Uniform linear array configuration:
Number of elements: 24
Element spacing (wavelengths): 0.5
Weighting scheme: cosine
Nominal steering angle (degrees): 0
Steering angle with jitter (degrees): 0.4136
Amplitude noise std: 0.05
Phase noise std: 0.05

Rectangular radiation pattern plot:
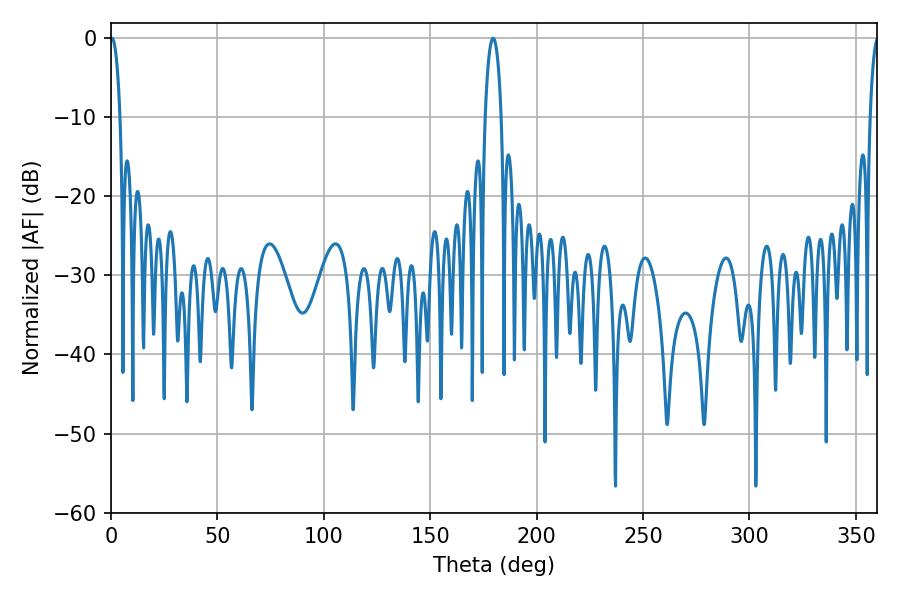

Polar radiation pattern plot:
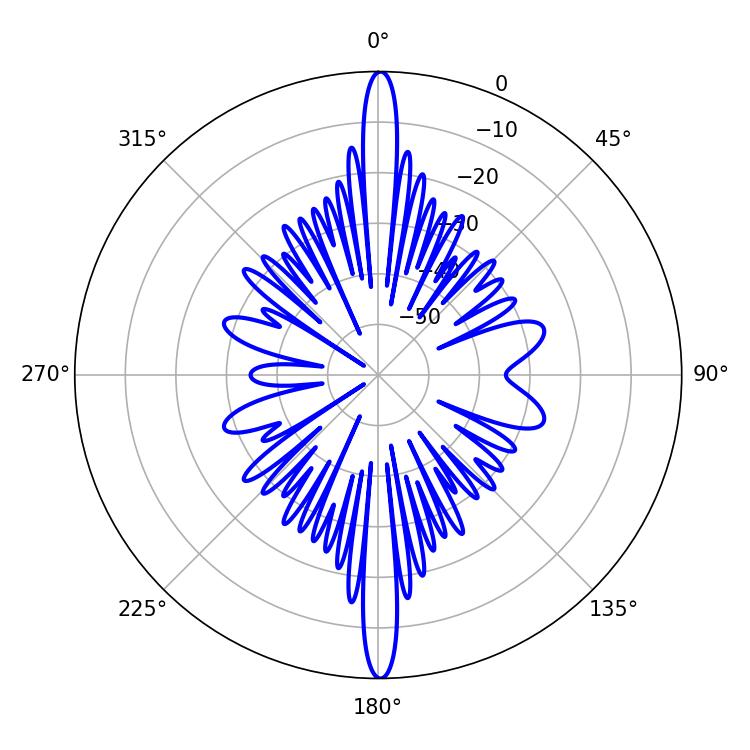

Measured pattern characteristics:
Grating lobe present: FALSE
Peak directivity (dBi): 30.754
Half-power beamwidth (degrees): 2.52
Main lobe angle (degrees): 0.36